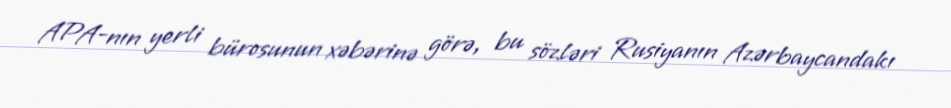
APA-nın yerli bürosunun xəbərinə görə, bu sözləri Rusiyanın Azərbaycandakı